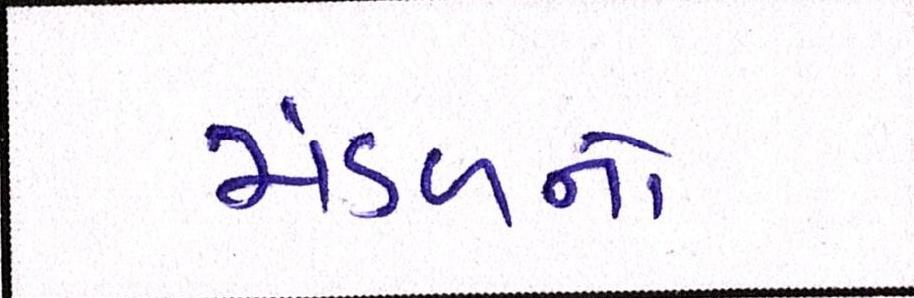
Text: મંડળનો